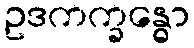
ဥဒကက္ခန္ဓော